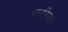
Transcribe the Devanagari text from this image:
अल्टमिरानो